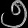
Digit: ၅